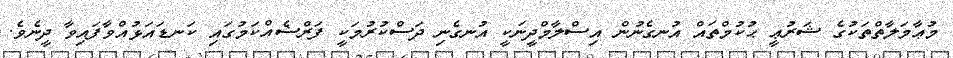
މުޢާމަލާތްތަކުގެ ޝަރުޢީ ޙުކުމްތައް އުނގެނުން އިސްލާމްދީނަކީ އުނގެނި ދަސްކުރުމަކީ ފަރްޟެއްކަމުގައި ކަނޑައަޅުއްވާފައިވާ ދީނެވެ.